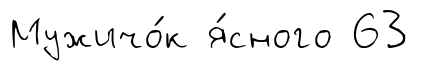
Мужичо́к я́сного 63